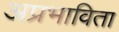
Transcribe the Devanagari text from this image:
अप्रभाविता